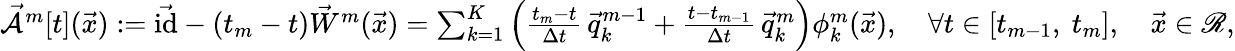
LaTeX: \begin{array}{r}{\mathcal{\vec{A}}^{m}[t](\vec{x}):=\vec{\mathrm{id}}-(t_{m}-t)\vec{W}^{m}(\vec{x})=\sum_{k=1}^{K}\left(\frac{t_{m}-t}{\Delta t}\, \vec{q}_{k}^{m-1}+\frac{t-t_{m-1}}{\Delta t}\, \vec{q}_{k}^{m}\right)\phi_{k}^{m}(\vec{x}),\quad\forall t\in[t_{m-1},~t_{m}],\quad\vec{x}\in\mathscr{R},}\end{array}